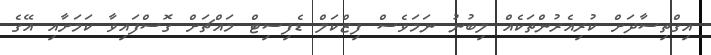
އިގްތިސާދަށް ކުރިއެރުންތަކެއް ލިބުނު ނަމަވެސް ފިޒްކަލް ޑެފިސިޓް މައްޗަށް ގޮސްފައިވާ ކަމަށާއި އޭގެ